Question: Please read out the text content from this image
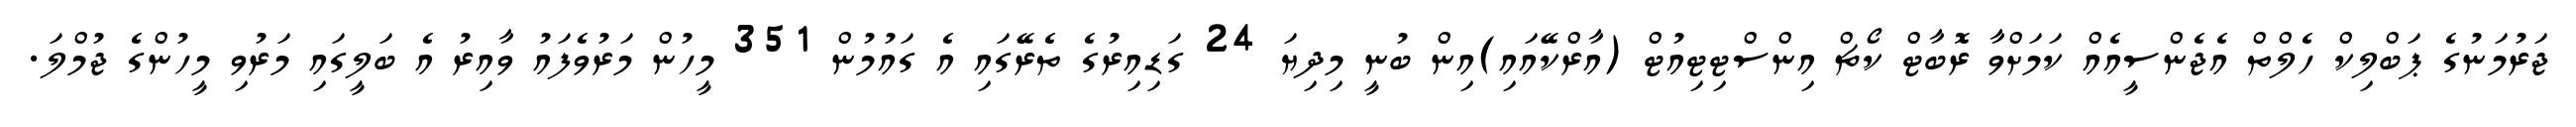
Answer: ޖަރުމަނުގެ ޕަބްލިކް ހެލްތް އެޖެންސީއެއް ކަމަށްވާ ރޮބާޓް ކޯޗް އިންސްޓިޓިއުޓް (އާރްކޭއައި)އިން ބުނީ މިދިޔަ 24 ގަޑިއިރުގެ ތެރޭގައި އެ ގައުމުން 351 މީހުން މަރުވެފައު ވާއިރު އެ ބަލީގައި މަރުވި މީހުންގެ ޖުމްލަ.